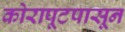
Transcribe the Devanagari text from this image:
कोरापूटपासून